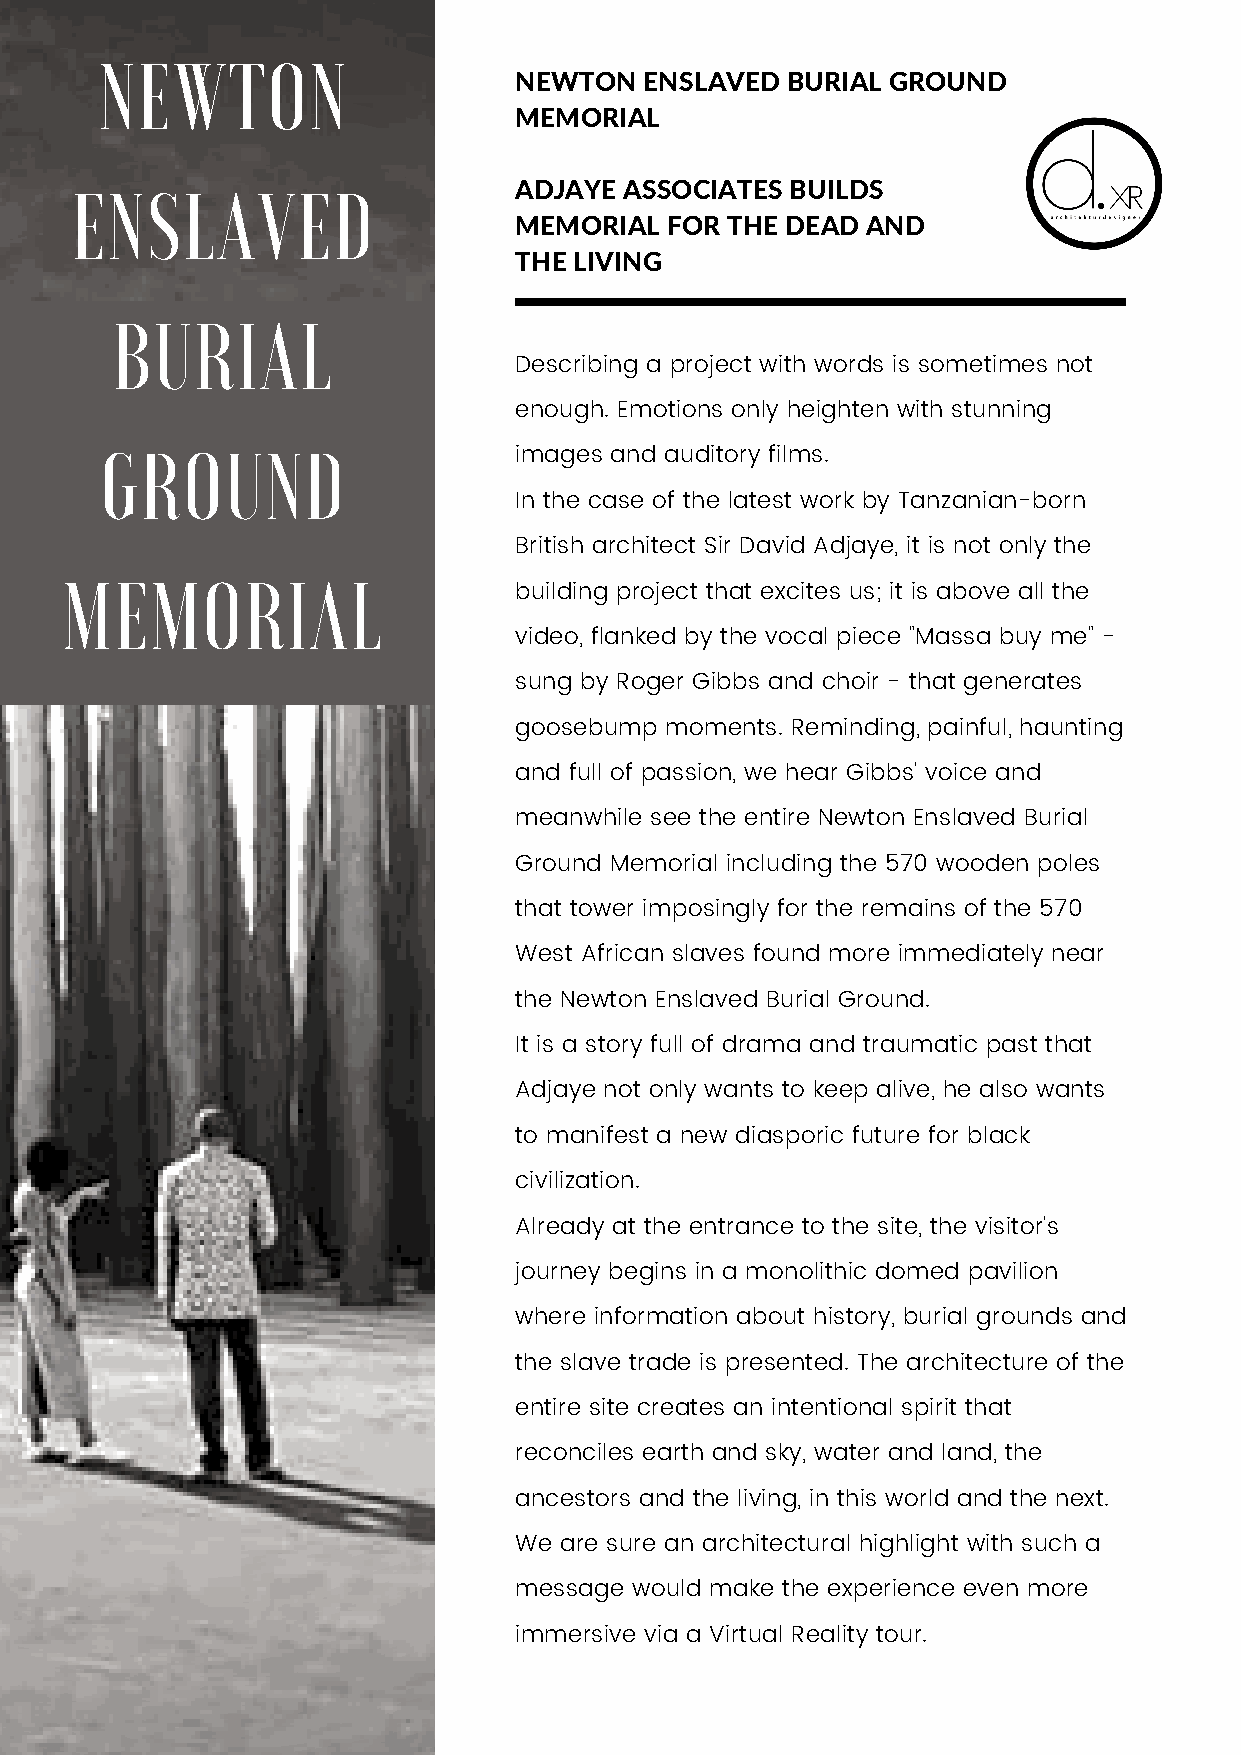
NEWTON
 NEWTON   ENSLAVED BURIAL GROUND
 MEMORIAL
 ENSLAVED
 ADJAYE ASSOCIATES BUILDS
 MEMORIAL  FOR THE DEAD AND
 THE LIVING
 BURIAL
 Describing a project with words is sometimes not
 enough. Emotions only heighten with stunning
 GROUND
 images and auditory films.
 In the case of the latest work by Tanzanian-born
 British architect Sir David Adjaye, it is not only the
 MEMORIAL
 building project that excites us; it is above all the
 video, flanked by the vocal piece "Massa buy me" -
 sung by Roger Gibbs and choir - that generates
 goosebump moments. Reminding, painful, haunting
 and full of passion, we hear Gibbs' voice and
 meanwhile see the entire Newton Enslaved Burial
 Ground Memorial including the 570 wooden poles
 that tower imposingly for the remains of the 570
 West African slaves found more immediately near
 the Newton Enslaved Burial Ground.
 It is a story full of drama and traumatic past that
 Adjaye not only wants to keep alive, he also wants
 to manifest a new diasporic future for black
 civilization.
 Already at the entrance to the site, the visitor's
 journey begins in a monolithic domed pavilion
 where information about history, burial grounds and
 the slave trade is presented. The architecture of the
 entire site creates an intentional spirit that
 reconciles earth and sky, water and land, the
 ancestors and the living, in this world and the next.
 We are sure an architectural highlight with such a
 message would make the experience even more
 immersive via a Virtual Reality tour.